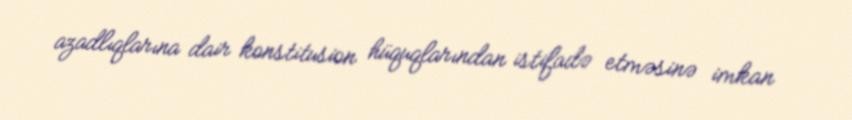
azadlıqlarına dair konstitusion hüquqlarından istifadə etməsinə imkan